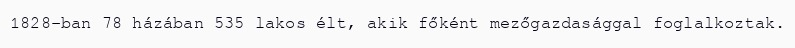
1828-ban 78 házában 535 lakos élt, akik főként mezőgazdasággal foglalkoztak.